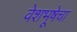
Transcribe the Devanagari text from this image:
वेशभूषेचा